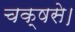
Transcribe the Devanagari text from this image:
चक्षसे।